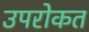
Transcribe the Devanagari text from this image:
उपरोकत